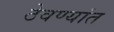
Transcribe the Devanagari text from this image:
ठेवण्यांत